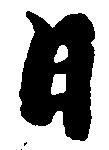
日